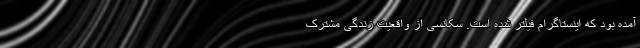
آمده بود که اینستاگرام فیلتر شده است. سکانسی از واقعیت زندگی مشترک